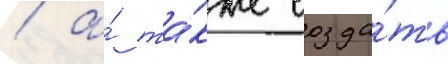
/ а́ та́кже созда́ть